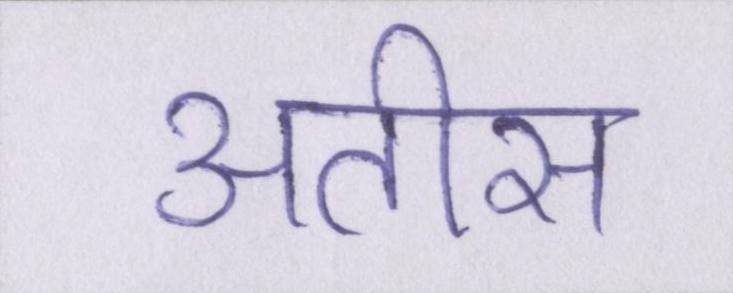
अतीस